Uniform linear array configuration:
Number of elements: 24
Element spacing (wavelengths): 1
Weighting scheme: cosine
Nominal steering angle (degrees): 30
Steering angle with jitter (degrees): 29.243
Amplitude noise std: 0.05
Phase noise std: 0.05

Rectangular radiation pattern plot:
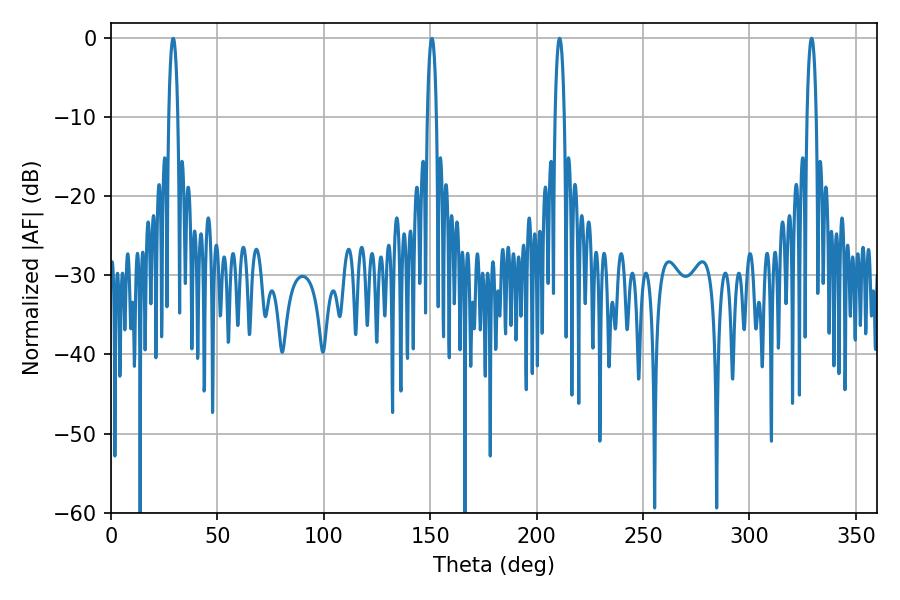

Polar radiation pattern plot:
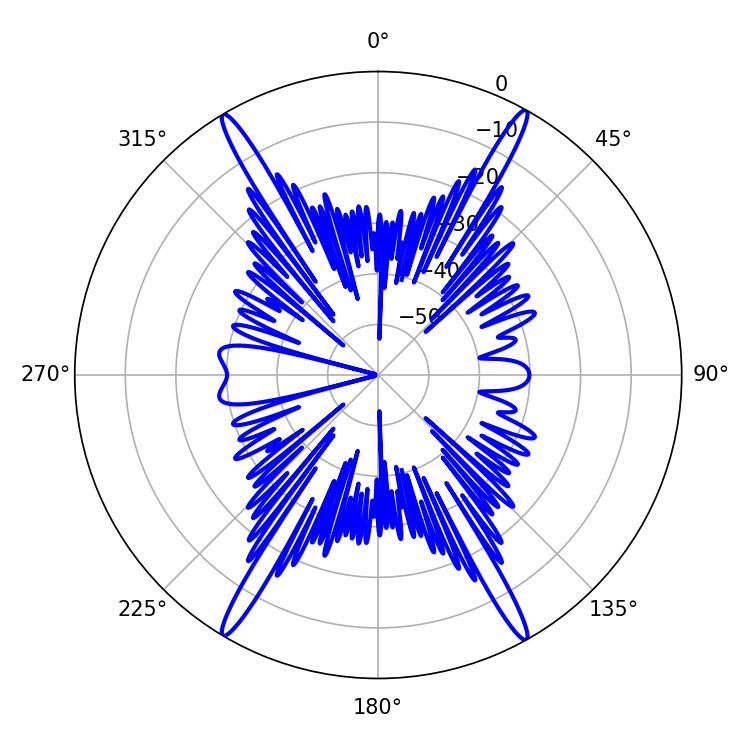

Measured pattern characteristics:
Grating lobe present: TRUE
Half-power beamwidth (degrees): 2.52
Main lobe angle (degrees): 210.78